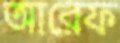
আরেফ